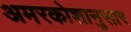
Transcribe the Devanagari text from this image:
अमरकोशानुसार